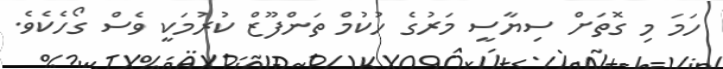
ހަމަ މި ގޮތަށް ސިޔާސީ މަރުގެ ހުކުމް ތަންފޫޒް ކުރުމަކީ ވެސް ގޯހެކެވެ.